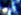
ساشا